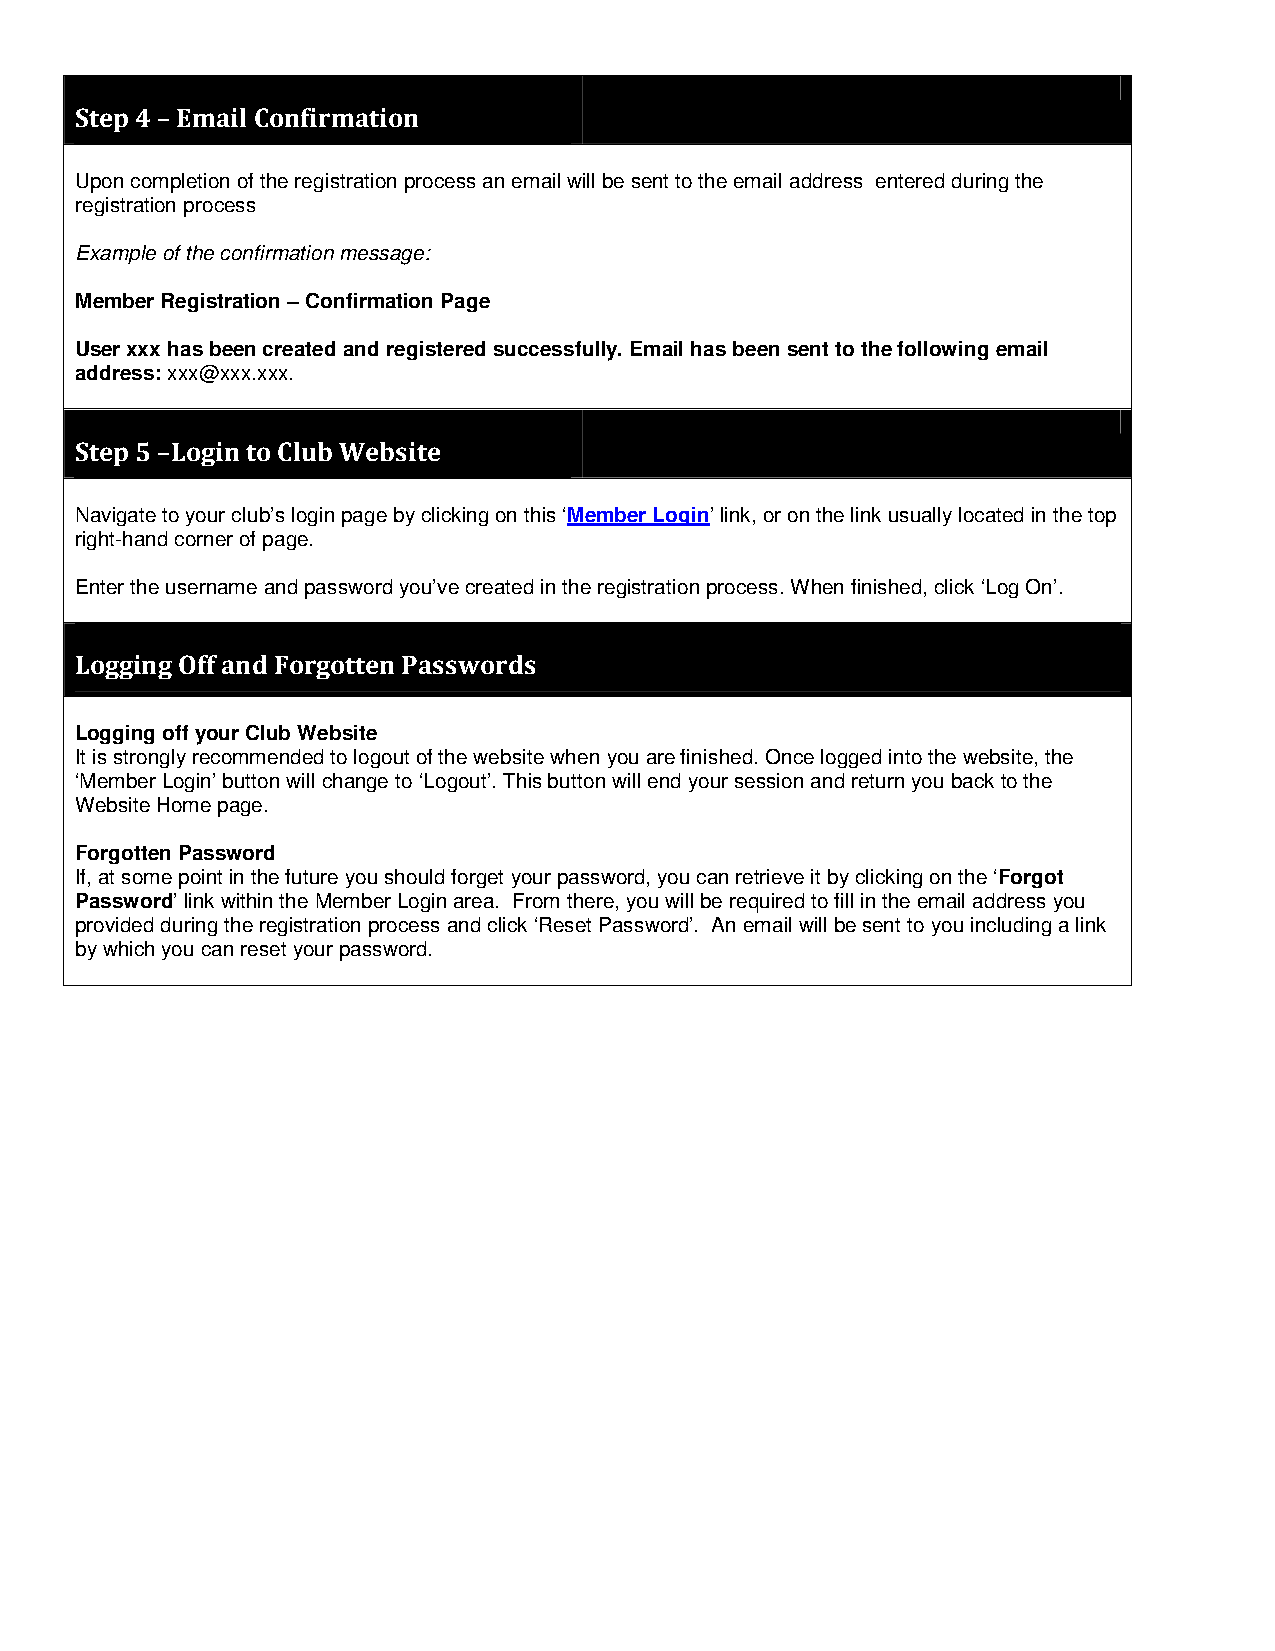
Step 4 – Email Confirmation
 Upon completion of the registration process an email will be sent to the email address entered during the
 registration process
 Example of the confirmation message:
 Member Registration – Confirmation Page
 User xxx has been created and registered successfully. Email has been sent to the following email
 address: xxx@xxx.xxx.
 Step 5 –Login to Club Website
 Navigate to your club’s login page by clicking on this ‘Member Login’ link, or on the link usually located in the top
 right-hand corner of page.
 Enter the username and password you’ve created in the registration process. When finished, click ‘Log On’.
 Logging Off and Forgotten Passwords
 Logging off your Club Website
 It is strongly recommended to logout of the website when you are finished. Once logged into the website, the
 ‘Member Login’ button will change to ‘Logout’. This button will end your session and return you back to the
 Website Home page.
 Forgotten Password
 If, at some point in the future you should forget your password, you can retrieve it by clicking on the ‘Forgot
 Password’ link within the Member Login area. From there, you will be required to fill in the email address you
 provided during the registration process and click ‘Reset Password’. An email will be sent to you including a link
 by which you can reset your password.